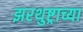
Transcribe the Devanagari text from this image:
झरथुष्ट्राच्या